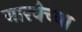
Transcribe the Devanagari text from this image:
बारवेच्या